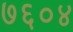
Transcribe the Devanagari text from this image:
७६०४